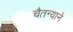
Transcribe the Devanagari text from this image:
चैतन्याने